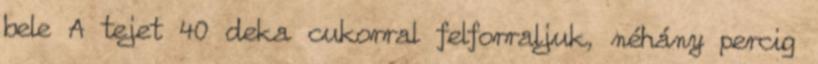
bele A tejet 40 deka cukorral felforraljuk, néhány percig